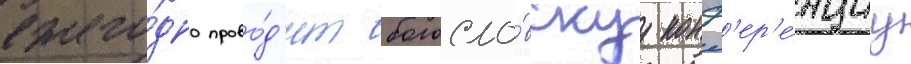
ежего́дно прово́д'ит богосло́вскуу конф'ер'е́нциу